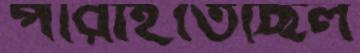
পারাইতেছিল